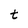
Character: t